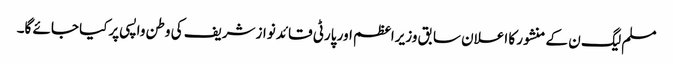
مسلم لیگ ن کے منشور کا اعلان سابق وزیراعظم اور پارٹی قائد نوازشریف کی وطن واپسی پرکیا جائے گا۔